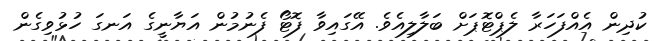
ކުދިން އެއްފަހަރާ ލެޕްޓޮޕަށް ބަލާލިއެވެ. އޭގައިވާ ފޮޓޯ ފެނުމުން އަޔާނީގެ އަނގަ ހުޅުވިގެން